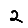
Digit: 2